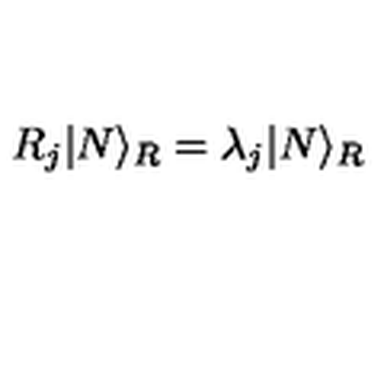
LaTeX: R _ { j } | N \rangle _ { R } = \lambda _ { j } | N \rangle _ { R }